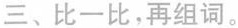
三、比一比，再组词。